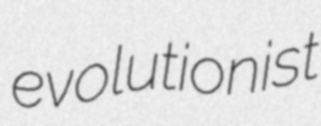
evolutionist